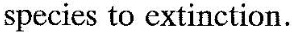
species to extinction.